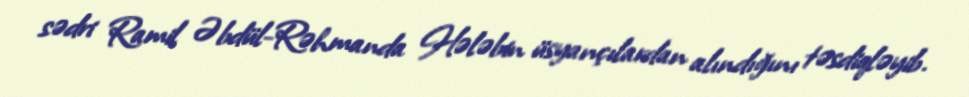
sədri Ramil Əbdül-Rəhmanda Hələbin üsyançılardan alındığını təsdiqləyib.